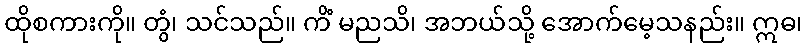
ထိုစကားကို။ တွံ၊ သင်သည်။ ကိံ မညသိ၊ အဘယ်သို့ အောက်မေ့သနည်း။ ဣဓ၊